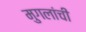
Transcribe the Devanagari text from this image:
मुगलांची